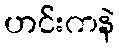
ဟင်းကနဲ